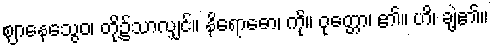
ဈာနေသွေဝ၊ တို့၌သာလျှင်။ နိရောဓော၊ ကို။ ဝုတ္တော၊ ၏။ ဟိ၊ ချဲ့၏။